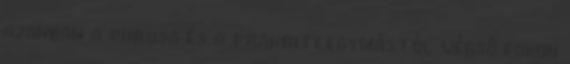
azonban a purusa és a prakriti egymástól végső fokon